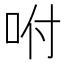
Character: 咐